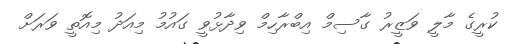
ކުރީގެ މާލީ ވަޒީރު ގާސިމް އިބްރާހިމް ވިދާޅުވީ ގައުމު މިއަދު މިއޮތީ ވަރަށް